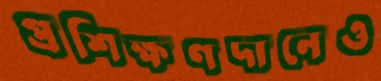
প্রশিক্ষণদানেও